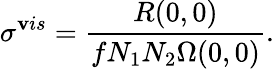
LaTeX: \sigma^{\mathbf{v}is}=\frac{{R(0,0)}}{{fN_{1}N_{2}\Omega(0,0)}}.